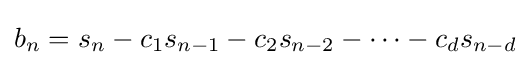
b_{n}=s_{n}-c_{1}s_{n-1}-c_{2}s_{n-2}-\dots -c_{d}s_{n-d}